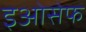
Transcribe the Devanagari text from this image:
इओसेफ